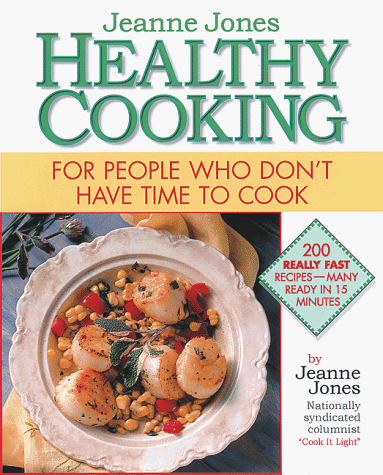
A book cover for Jeanne Jones' Healthy Cooking: For People Who Don't Have Time To Cook; Jeanne Jones; Cookbooks, Food & Wine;